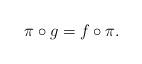
LaTeX: \begin{align*}\pi\circ g=f\circ\pi.\end{align*}